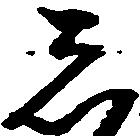
し